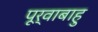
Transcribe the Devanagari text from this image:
पूर्वाबाहु